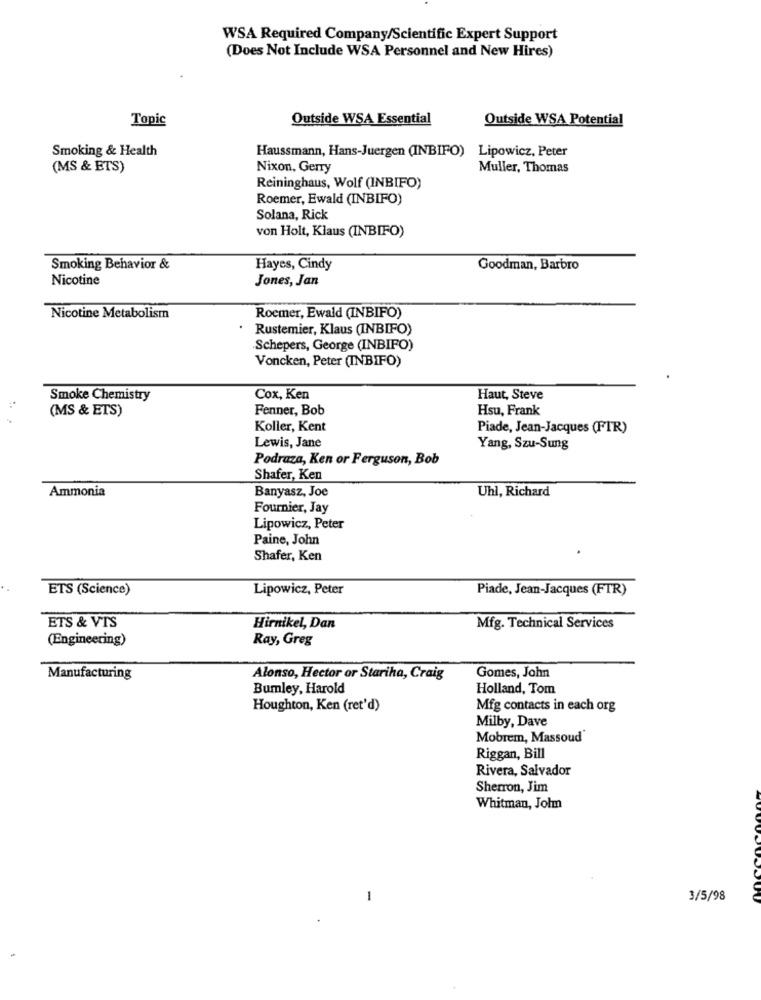
WSA Required Company/Scientific Expert Support
(Does Not Include WSA Personnel and New Hires)
Topic
Outside WSA Essential
Outside WSA Potential
Smoking & Health
Haussmann, Hans-Juergen (INBIFO)
Lipowicz, Peter
(MS & ETS)
Nixon, Gerry
Muller, Thomas
Reininghaus, Wolf (INBIFO)
Roemer, Ewald (INBIFO)
Solana, Rick
von Holt, Klaus (INBIFO)
Smoking Behavior &
Hayes, Cindy
Goodman, Barbro
Nicotine
Jones, Jan
Nicotine Metabolism
Roemer, Ewald (INBIFO)
Rustemier, Klaus (INBIFO)
Schepers, George (INBIFO)
Voncken, Peter (INBIFO)
Smoke Chemistry
Cox, Ken
Haut, Steve
(MS & ETS)
Fenner, Bob
Hsu, Frank
Koller, Kent
Piade, Jean-Jacques (FTR)
Lewis, Jane
Yang, Szu-Sung
Podraza, Ken or Ferguson, Bob
Shafer, Ken
Ammonia
Uhl, Richard
Banyasz, Joe
Fournier, Jay
Lipowicz, Peter
Paine, John
Shafer, Ken
ETS (Science)
Lipowicz, Peter
Piade, Jean-Jacques (FTR)
ETS & VTS
Hirnikel, Dan
Mfg. Technical Services
(Engineering)
Ray, Greg
Gomes, John
Manufacturing
Alonso, Hector or Stariha, Craig
Bumley, Harold
Holland, Tom
Houghton, Ken (ret'd)
Mfg contacts in each org
Milby, Dave
Mobrem, Massoud
Riggan, Bill
Rivera, Salvador
Sherron, Jim
Whitman, Johm
-
3/5/98